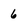
Character: 6